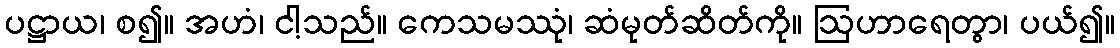
ပဋ္ဌာယ၊ စ၍။ အဟံ၊ ငါ့သည်။ ကေသမဿုံ၊ ဆံမုတ်ဆိတ်ကို။ ဩဟာရေတွာ၊ ပယ်၍။